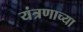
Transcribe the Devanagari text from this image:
यंत्रणाच्या